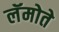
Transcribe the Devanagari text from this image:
लॅमोते